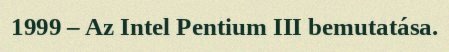
1999 – Az Intel Pentium III bemutatása.